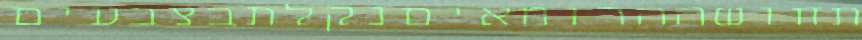
תחושההרומאיםנקלתבצבעים